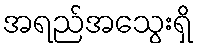
အရည်အသွေးရှိ